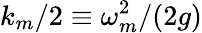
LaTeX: {k_{m}}/{2}\equiv\omega_{m}^{2}/(2g)